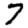
Digit: 7